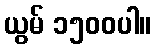
ယွမ် ၁၅၀၀ပါ။